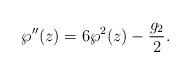
LaTeX: \begin{align*}\wp''(z)=6\wp^2(z)-\frac{g_2}{2}.\end{align*}